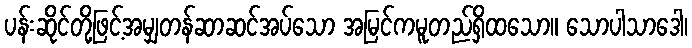
ပန်းဆိုင်တို့ဖြင့်အမျှတန်ဆာဆင်အပ်သော အမြင်ကမူတည်ရှိထသော။ သောပါသာဒေါ၊